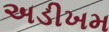
અડીખમ